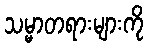
သမ္မာတရားများကို